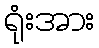
ရုံးအား